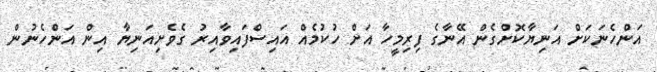
އަންހެނަކަށް އަނިޔާކޮށްގެން އޭނާގެ ފިރިމީހާ އަށް ހުކުމެއް އައިސްފައިވާއިރު ގެވެށިއަނިޔާ އިން އަންހެނުން